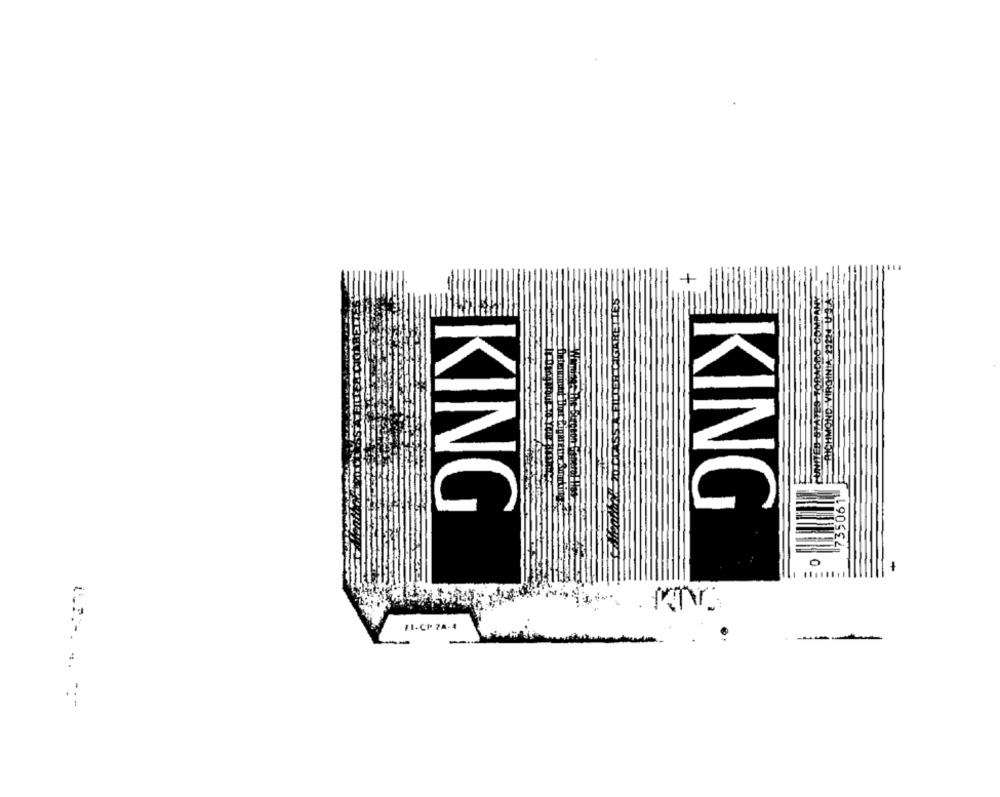
+
+
$24 20.CLASS A FILTER CIGARETTES
RICHMOND,VIRGIN
735061
KING
KING
0
11-CP 24-